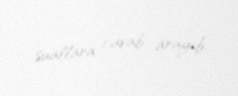
suallara cavab arayıb.